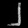
Digit: ၂